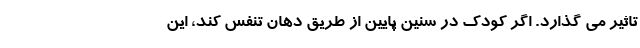
تاثیر می گذارد. اگر کودک در سنین پایین از طریق دهان تنفس کند، این